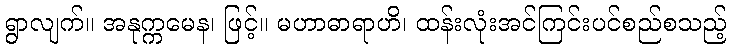
ရွာလျက်။ အနုက္ကမေန၊ ဖြင့်။ မဟာဓာရာဟိ၊ ထန်းလုံးအင်ကြင်းပင်စည်စသည့်